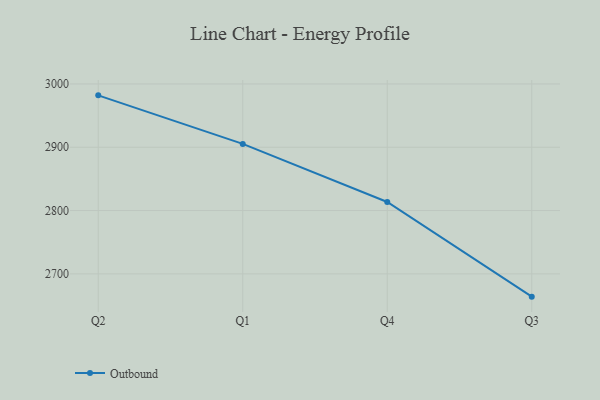
{"axis": {"x": "Quarter", "y": "Shipments"}, "legend": ["Outbound"], "data": [{"x": "Q2", "y": 2982.0, "type": "Outbound"}, {"x": "Q1", "y": 2905.3, "type": "Outbound"}, {"x": "Q4", "y": 2813.5, "type": "Outbound"}, {"x": "Q3", "y": 2664.0, "type": "Outbound"}]}